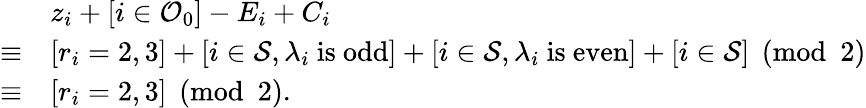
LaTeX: \begin{array}{rl}&{z_{i}+[i\in\mathcal O_{0}]-E_{i}+C_{i}}\\ {\equiv}&{[r_{i}=2,3]+[i\in\mathcal S,\lambda_{i}\mathrm{~is~odd}]+[i\in\mathcal S,\lambda_{i}\mathrm{~is~even}]+[i\in\mathcal S]\pmod 2}\\ {\equiv}&{[r_{i}=2,3]\pmod 2.}\end{array}